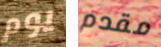
يوم مقدم